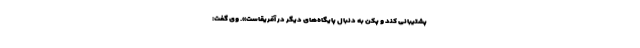
پشتیبانی کند و پکن به دنبال پایگاه‌های دیگر در آفریقاست». وی گفت: